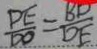
\frac { D E } { D O } = \frac { B D } { D E }